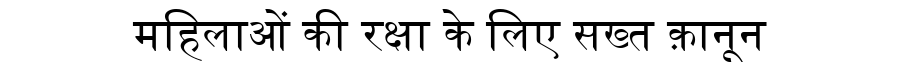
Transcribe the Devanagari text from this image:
महिलाओं की रक्षा के लिए सख्त क़ानून